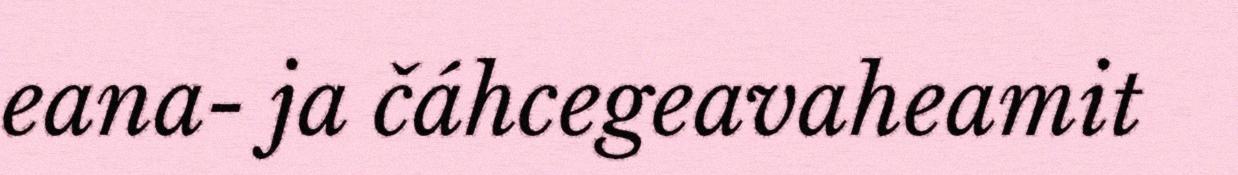
eana- ja čáhcegeavaheamit